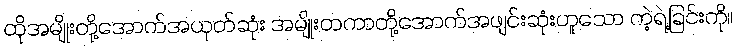
ထိုအမျိုးတို့အောက်အယုတ်ဆုံး အမျိုးတကာတို့အောက်အဖျင်းဆုံးဟူသော ကဲ့ရဲ့ခြင်းကို။